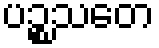
ပဉ္စသတေ